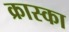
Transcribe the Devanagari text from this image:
क्रास्का